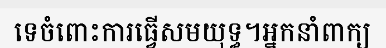
ទេចំពោះការធ្វើសមយុទ្ធ។អ្នកនាំពាក្យ